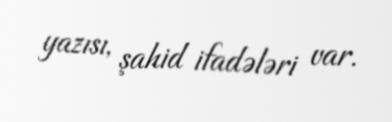
yazısı, şahid ifadələri var.